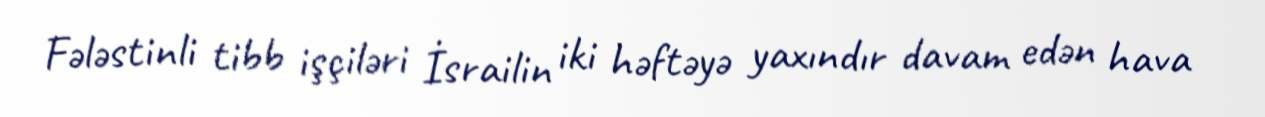
Fələstinli tibb işçiləri İsrailin iki həftəyə yaxındır davam edən hava